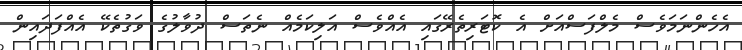
އެހެންނަމަވެސް މެލްފަސްއަށް އެ ކޮޓަރިތެރޭގައި އެއްވެސް އަލިކަމެއް ނެތަސް ދުވާލުގެ ވަގުތެކޭ އެއްފަދައިން